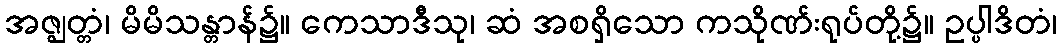
အဇ္ဈတ္တံ၊ မိမိသန္တာန်၌။ ကေသာဒီသု၊ ဆံ အစရှိသော ကသိုဏ်းရုပ်တို့၌။ ဥပ္ပါဒိတံ၊